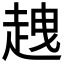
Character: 𧻭